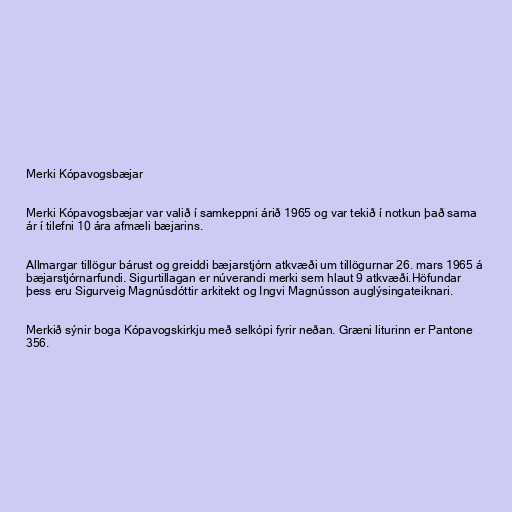
Merki Kópavogsbæjar

Merki Kópavogsbæjar var valið í samkeppni árið 1965 og var tekið í notkun það sama
ár í tilefni 10 ára afmæli bæjarins.

Allmargar tillögur bárust og greiddi bæjarstjórn atkvæði um tillögurnar 26. mars 1965 á
bæjarstjórnarfundi. Sigurtillagan er núverandi merki sem hlaut 9 atkvæði.Höfundar
þess eru Sigurveig Magnúsdóttir arkitekt og Ingvi Magnússon auglýsingateiknari.

Merkið sýnir boga Kópavogskirkju með selkópi fyrir neðan. Græni liturinn er Pantone
356.